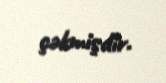
çəkmişdir.